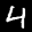
Label: 4